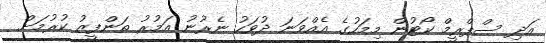
އަދި ސްޕްރީމް ކޯޓުން މިމަހުގެ އެއްވަނަ ދުވަހު ނެރުނު އަމުރު ތަންފީޒު ކުރުމަށް